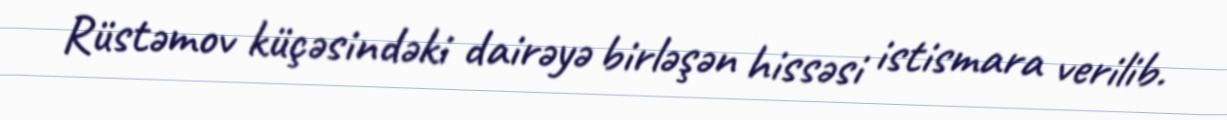
Rüstəmov küçəsindəki dairəyə birləşən hissəsi istismara verilib.